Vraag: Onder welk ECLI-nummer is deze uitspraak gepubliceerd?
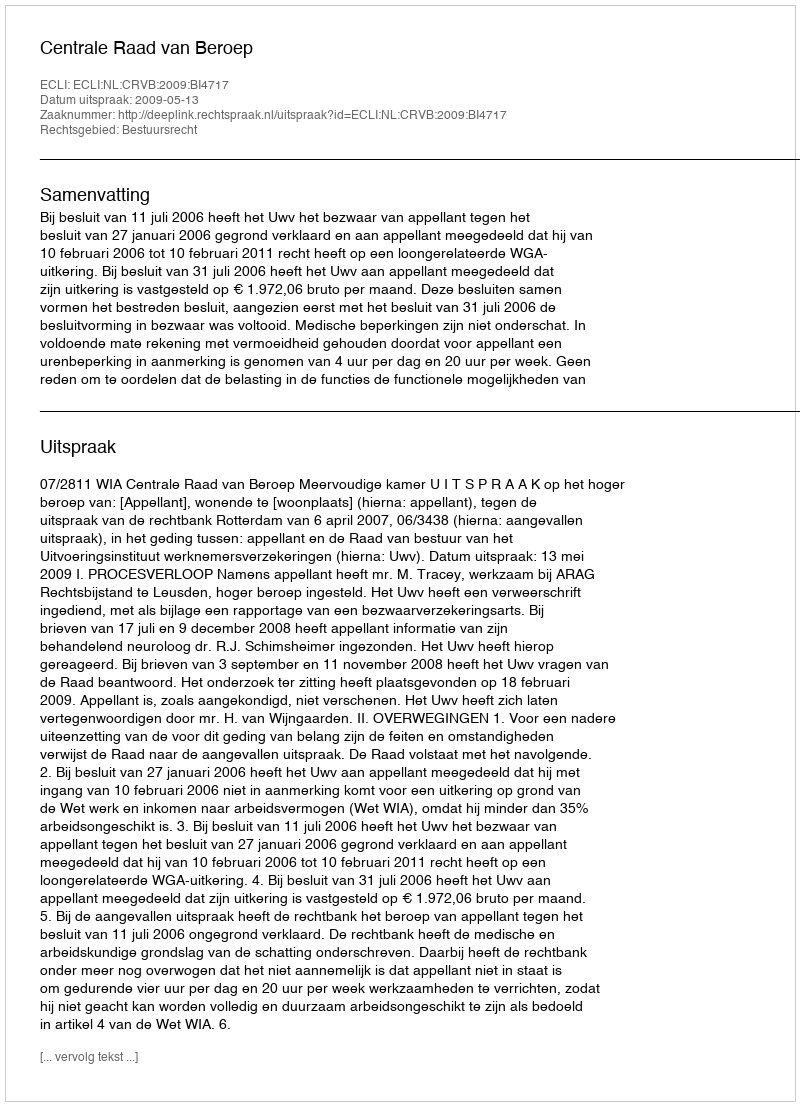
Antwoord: ECLI:NL:CRVB:2009:BI4717